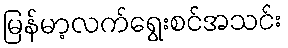
မြန်မာ့လက်ရွေးစင်အသင်း